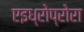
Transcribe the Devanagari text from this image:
एइध्रोप्रोरा